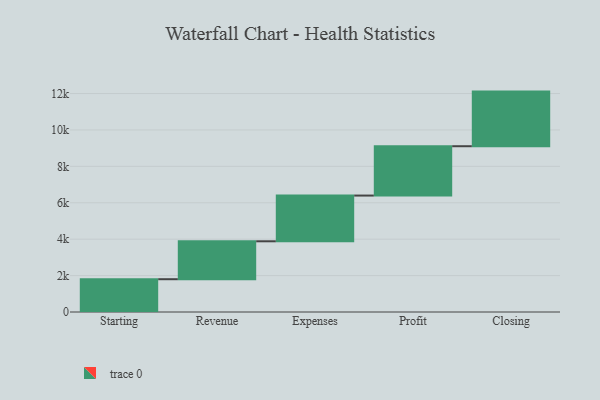
{"axis": {"x": "Step", "y": "Value"}, "legend": [""], "data": [{"x": "Starting", "y": 1801.0, "type": ""}, {"x": "Revenue", "y": 2083.0, "type": ""}, {"x": "Expenses", "y": 2512.0, "type": ""}, {"x": "Profit", "y": 2710.0, "type": ""}, {"x": "Closing", "y": 3000, "type": ""}]}